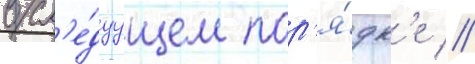
в сл'е́дуущем пор'я́дк'е //